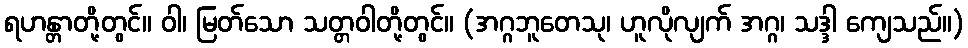
ရဟန္တာတို့တွင်။ ဝါ၊ မြတ်သော သတ္တဝါတို့တွင်။ (အဂ္ဂဘူတေသု၊ ဟူလိုလျက် အဂ္ဂ၊ သဒ္ဒါ ကျေသည်။)